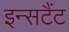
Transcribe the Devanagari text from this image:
इन्सटैंट